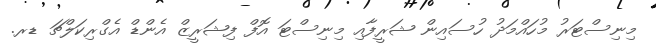
މިނިސްޓަރު މުހައްމަދު ހުސައިން ޝަރީފާއި މިނިސްޓަ އޮފް ފިޝަރީޒް އެންޑް އެގްރިކަލްޗަ ޑރ.